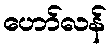
ဟော်လန်